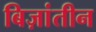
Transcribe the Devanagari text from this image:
बिज़ांतीन